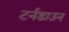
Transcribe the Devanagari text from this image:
टर्नडाउन